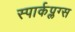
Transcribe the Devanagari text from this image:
स्पार्कप्लग्स